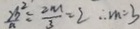
\frac { 2 b ^ { 2 } } { a } = \frac { 2 m } { 3 } = 2 \therefore m = 3